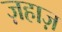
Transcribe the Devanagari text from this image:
ज़हाज़